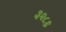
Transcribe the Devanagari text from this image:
३२८६